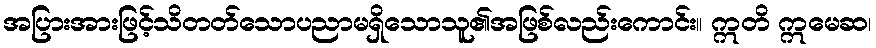
အပြားအားဖြင့်သိတတ်သောပညာမရှိသောသူ၏အဖြစ်လည်းကောင်း။ ဣတိ ဣမေဆ၊